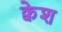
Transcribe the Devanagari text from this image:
क्वेश